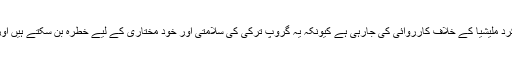
ترکی کا موقف ہے کہ عفرین میں داعش اور امریکی حمایت یافتہ کرد ملیشیا کے خلاف کارروائی کی جارہی ہے کیونکہ یہ گروپ ترکی کی سلامتی اور خود مختاری کے لیے خطرہ بن سکتے ہیں اور ہم اپنے شہریوں کے تحفظ کےلئے تمام ضروری اقدام کریں گے۔